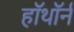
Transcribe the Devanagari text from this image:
हॉथॉर्न